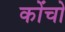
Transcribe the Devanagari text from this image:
कोंचो